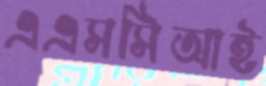
এএসসিআই